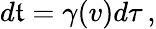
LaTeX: d\mathfrak{t}=\gamma(v)d\tau\, ,